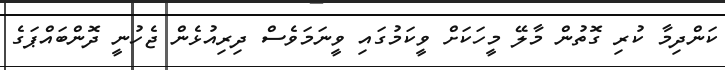
ކަންދިމާ ކުރި ގޮތުން މާލޭ މީހަކަށް ވީކަމުގައި ވީނަމަވެސް ދިރިއުޅެން ޖެހުނީ ދޮންބައްޕަގެ